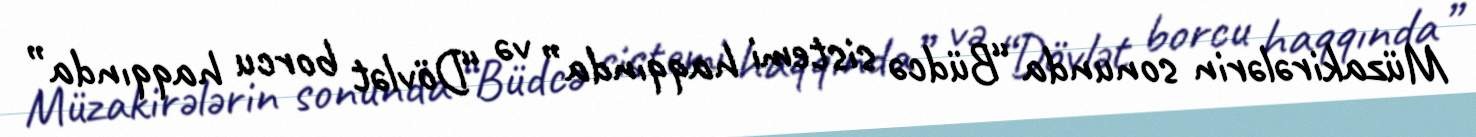
Müzakirələrin sonunda “Büdcə sistemi haqqında” və “Dövlət borcu haqqında”